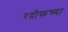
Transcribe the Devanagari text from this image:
रदीफच्या